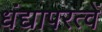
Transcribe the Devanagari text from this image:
धंद्यापरत्वें